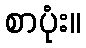
စာပုံး။